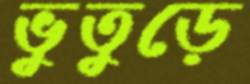
ভুতুড়ে